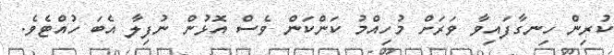
ކުރިން ހިނގާފައިވާ ވަރަށް މުހިއްމު ކަންކަން ވެސް އޮޅުން ނުފިލާ އެބަ ހުއްޓެވެ.